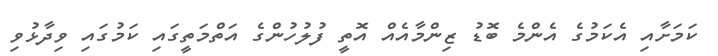
ކަމަށާއި އެކަމުގެ އެންމެ ބޮޑު ޒިންމާއެއް އޮތީ ފުލުހުންގެ އަތްމަތީގައި ކަމުގައި ވިދާޅުވި